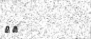
٣٣